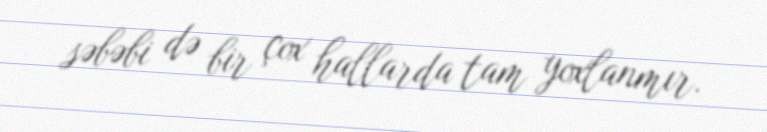
səbəbi də bir çox hallarda tam yoxlanmır.